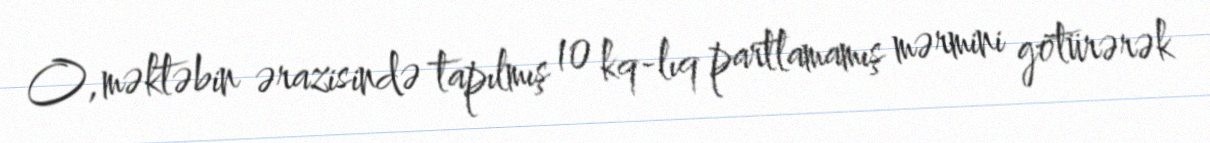
O, məktəbin ərazisində tapılmış 10 kq-lıq partlamamış mərmini götürərək